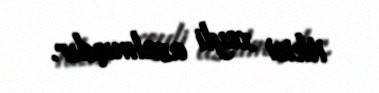
itkisi xeyli azalmışdır.